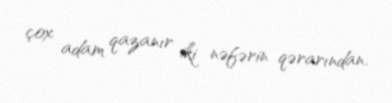
çox adam qazanır iki nəfərin qərarından.